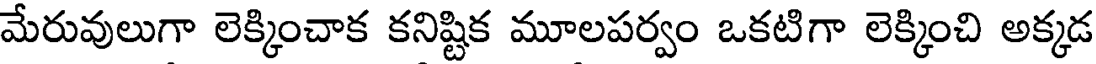
మేరువులుగా లెక్కించాక కనిష్టిక మూలపర్వం ఒకటిగా లెక్కించి అక్కడ